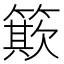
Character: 𥳽